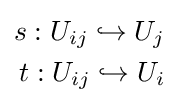
{\begin{aligned}s:U_{ij}\hookrightarrow U_{j}\\t:U_{ij}\hookrightarrow U_{i}\end{aligned}}